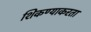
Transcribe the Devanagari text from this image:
शिकण्याकरता